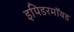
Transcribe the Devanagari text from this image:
इपिडरमॉयड